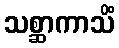
သစ္ဆာကာသိံ